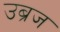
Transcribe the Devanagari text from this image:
उब्रज